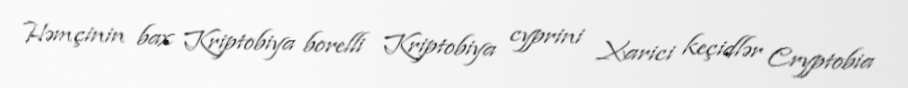
Həmçinin bax Kriptobiya borelli Kriptobiya cyprini Xarici keçidlər Cryptobia